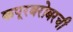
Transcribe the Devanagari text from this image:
कपूरबरोबरची